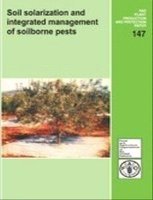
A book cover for Soil Solarization and Intergrated Management of Soilborne Pests (FAO); James Stapleton; Science & Math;